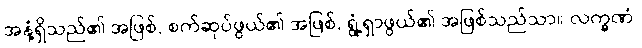
အနံ့ရှိသည်၏ အဖြစ်, စက်ဆုပ်ဖွယ်၏ အဖြစ်, ရွံ့ရှာဖွယ်၏ အဖြစ်သည်သာ။ လက္ခဏံ၊